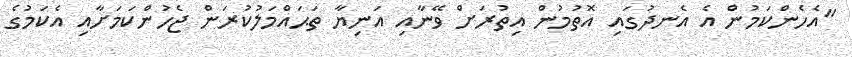
"އެހެންކަމުން އެ އެނދުގައި އޮތުމުން އިތުރަށް ވޭނާއި އަނިޔާ ތަޙައްމަލުކުރަން ޖެހުންކަމަށާއި އެކަމުގެ